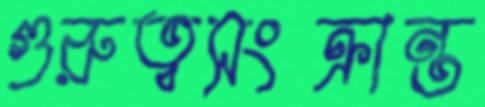
গুরুত্বসংক্রান্ত